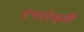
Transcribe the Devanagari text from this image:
रंगारेड्‍डी